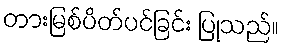
တားမြစ်ပိတ်ပင်ခြင်း ပြုသည်။